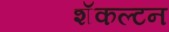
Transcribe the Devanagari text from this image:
शॅकल्टन